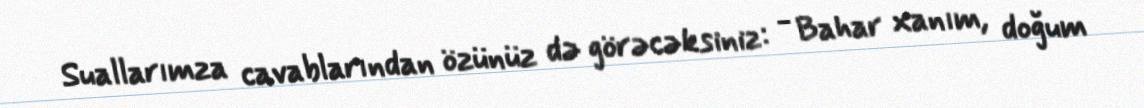
Suallarımza cavablarından özünüz də görəcəksiniz: - Bahar xanım, doğum